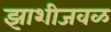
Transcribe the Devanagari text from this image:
झाशीजवळ